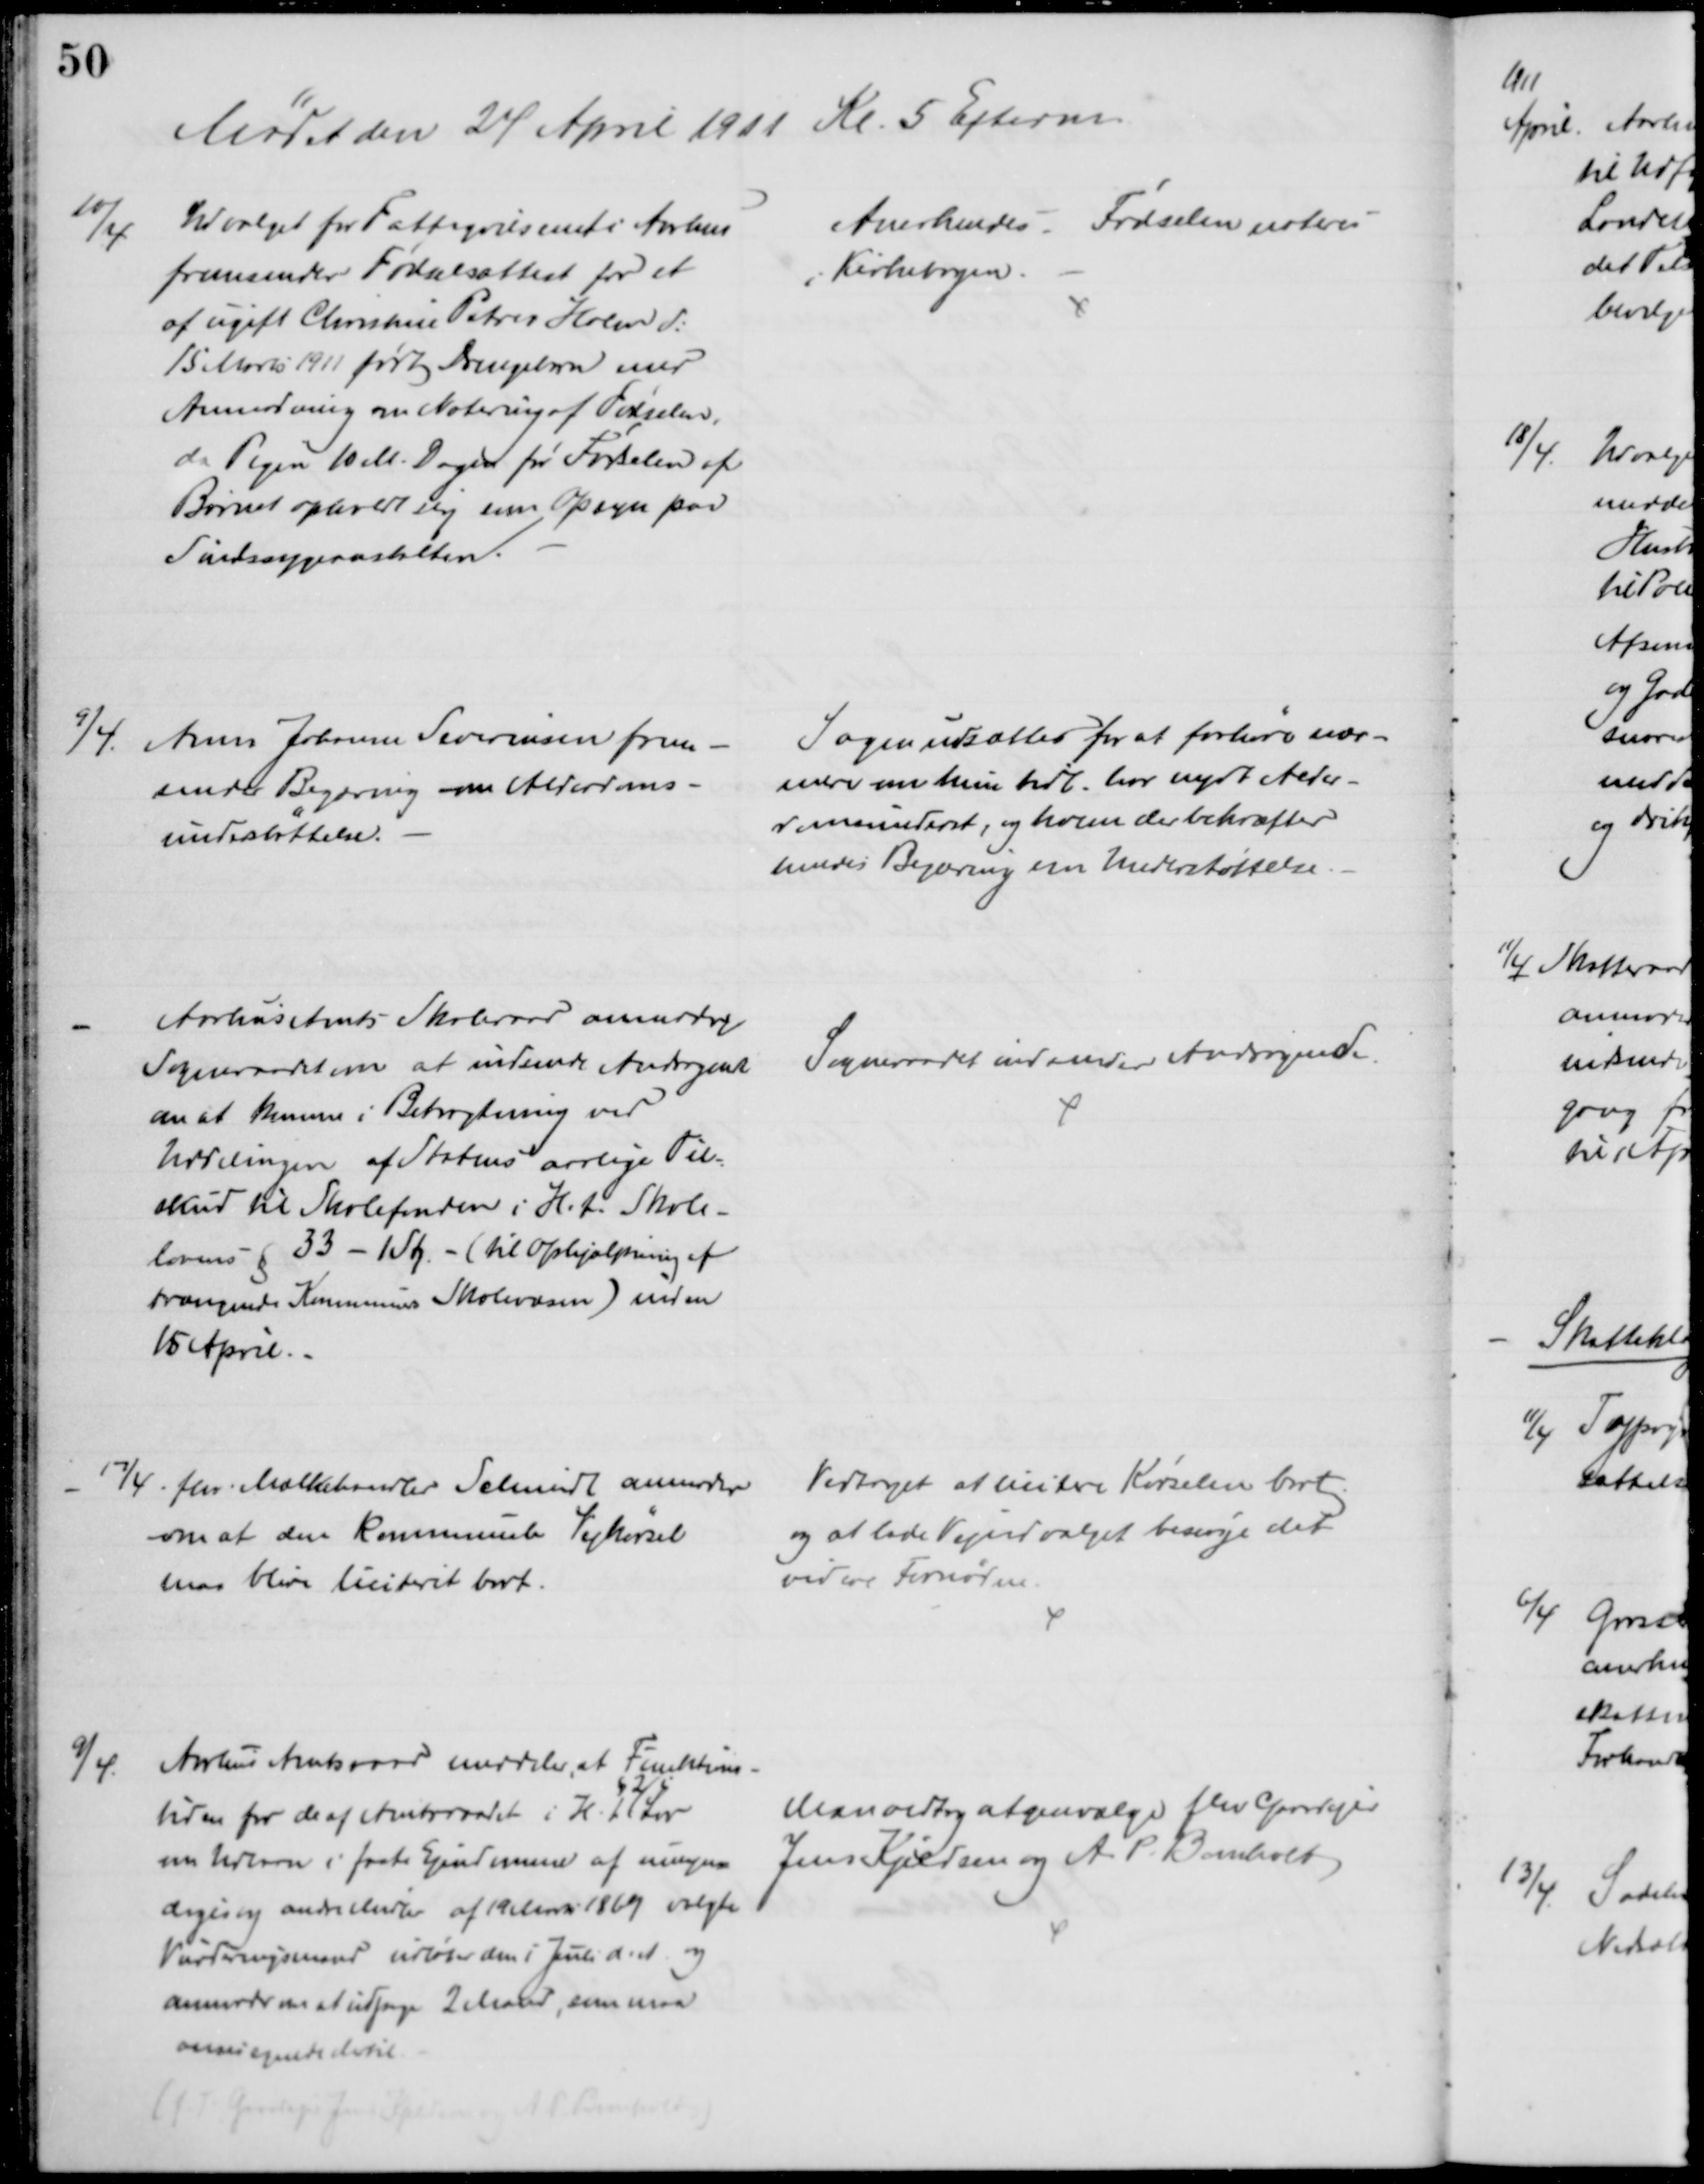
Transskription:
Mødet den 24 April 1911 Kl. 5 Efterm.
10/4
Udvalget for Fattigvæsenet i Aarhus
fremsender Fødselsattest for et
af ugift Christine Petrea Holm d:
15 Marts 1911 født Drengebarn med
Anmodning om Notering af Fødselen,
da Pigen 10 M. Dage før Fødselen af
Barnet opholdt sig som Opsyn paa
Sindssygeanstalten.
Anerkendes. Fødselen noteres
i Kirkebogen.
9/4
Ane Johanne Severinsen frem-
sender Begæring om Alderdoms
understøttelse.
Sagen udsættes for at forhøre nær-
mere om hun tidl. har nydt Alder-
domsunderst, og hvem der bekræfter
hendes Begæring om Understøttelse.
Aarhus Amts Skoleraad anmoder
Sogneraadet om at indsende Andragende
om at komme i Betragtning ved
Uddelingen af Statens aarlige Til-
skud til Skolefonden i H.t. Skole-
lovens § 33 - 1 Stk. - (til Ophjælpning af
trængende Kommuners Skolevæsen) inden
15 April.
Sogneraadet indsender Andragende.
17/4. fhv. Mælkehandler Schmidt anmoder
om at den kommunale Vejkørsel
maa blive liciteret bort.
Vedtaget at licitere Kørselen bort
og at lade Vejudvalget besørge det
videre Fornødne.
9/4.
Aarhus Amtsraad meddeler, at Funktions-
tiden for de af Amtsraadet i H. t. 
§ 2 i
Lov
om Udlaan i faste Ejendomme af umyn-
diges og andre Midler af 19 Marts 1869 valgte
Vurderingsmænd udløber den 1 Juli d. A. og
anmoder om at udpege 2 Mænd, som maa
anses egnede dertil
(f.T Gaardejer Jens Kjeldsen og A. P. Bomholt)
Man vedtog at genvælge fhv Gaardejer
Jens Kjeldsen og A. P. Bomholt